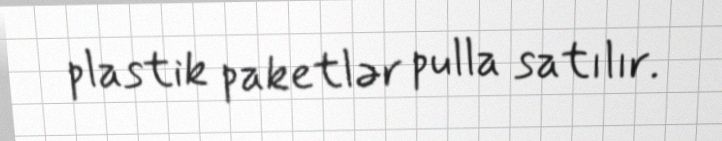
plastik paketlər pulla satılır.